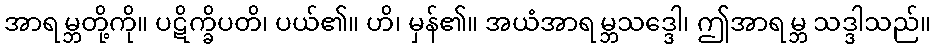
အာရမ္ဘတို့ကို။ ပဋိက္ခိပတိ၊ ပယ်၏။ ဟိ၊ မှန်၏။ အယံအာရမ္ဘသဒ္ဒေါ၊ ဤအာရမ္ဘ သဒ္ဒါသည်။